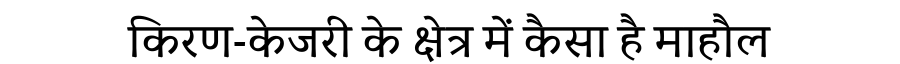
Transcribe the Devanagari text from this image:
किरण-केजरी के क्षेत्र में कैसा है माहौल